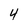
Character: 4